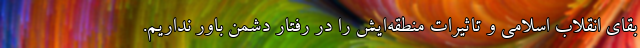
بقای انقلاب اسلامی و تاثیرات منطقه‌ایش را در رفتار دشمن باور نداریم.